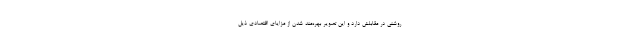
روشنی در مقابلش دارد و این تصویر بهره‌مند شدن از مزایای اقتصادی ذیل